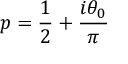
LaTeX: p = \frac 1 2 + \frac { i \theta _ { 0 } } \pi